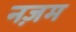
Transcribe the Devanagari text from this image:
नज़म